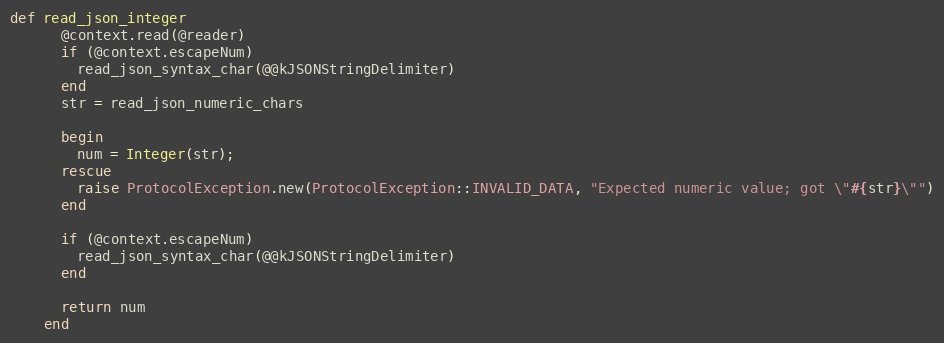
Language: Ruby
def read_json_integer
      @context.read(@reader)
      if (@context.escapeNum)
        read_json_syntax_char(@@kJSONStringDelimiter)
      end
      str = read_json_numeric_chars

      begin
        num = Integer(str);
      rescue
        raise ProtocolException.new(ProtocolException::INVALID_DATA, "Expected numeric value; got \"#{str}\"")
      end

      if (@context.escapeNum)
        read_json_syntax_char(@@kJSONStringDelimiter)
      end

      return num
    end